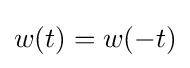
w(t)=w(-t)